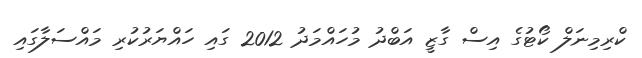
ކްރިިމިނަލް ކޯޓުގެ އިސް ގާޒީ އަބްދު މުހައްމަދު 2012 ގައި ހައްޔަރުކުރި މައްސަލާގައި